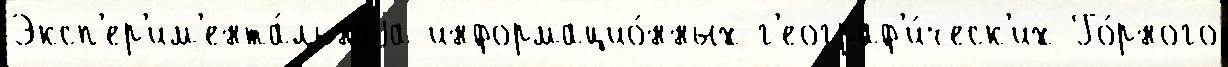
Эксп'ер'им'ента́льнаjа информацио́нных г'еограф'и́ческ'их Го́рного